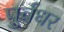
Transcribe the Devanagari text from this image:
पुर्वधर